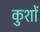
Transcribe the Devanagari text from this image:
कुशों